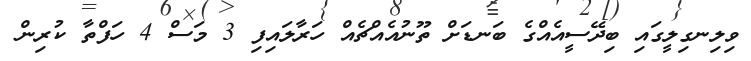
ވިލިނގިލީގައި ބިދޭސީއެއްގެ ބަނޑަށް ތޫނުއެއްޗެއް ހަރާލައިފި 3 މަސް 4 ހަފްތާ ކުރިން